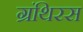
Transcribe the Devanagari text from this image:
ग्रंथिरस